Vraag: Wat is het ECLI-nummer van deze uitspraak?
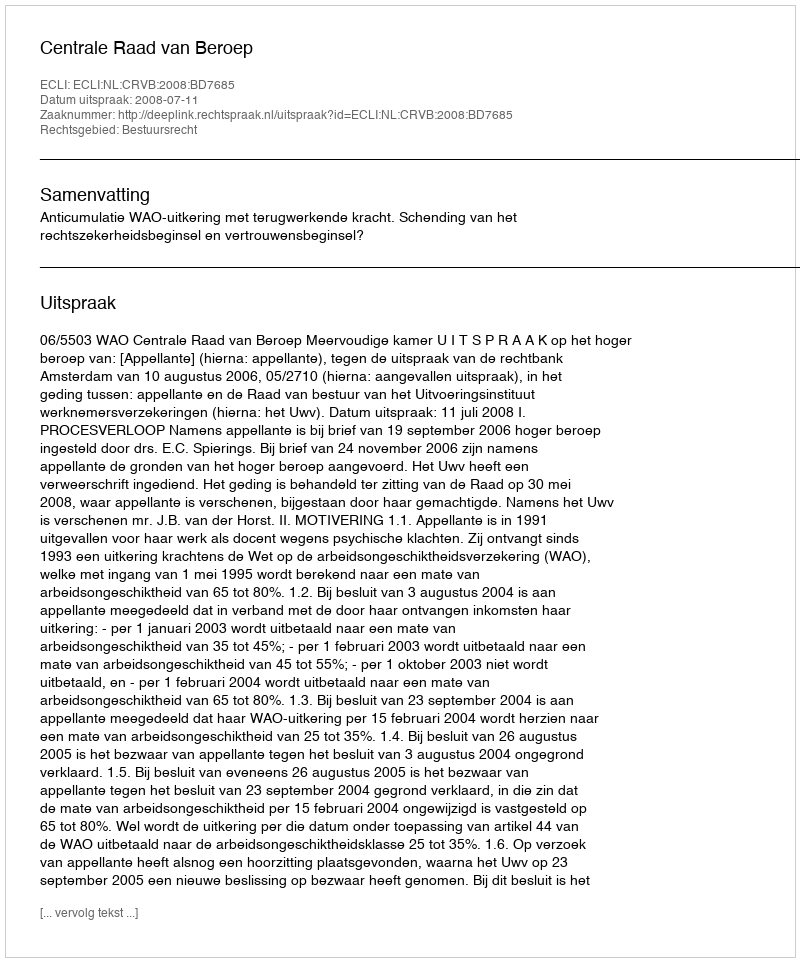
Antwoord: ECLI:NL:CRVB:2008:BD7685